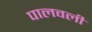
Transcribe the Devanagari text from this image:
पालवली